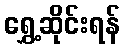
ရွှေ့ဆိုင်းရန်